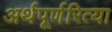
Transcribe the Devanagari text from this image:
अर्थपूर्णरित्या